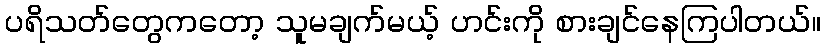
ပရိသတ်တွေကတော့ သူမချက်မယ့် ဟင်းကို စားချင်နေကြပါတယ်။